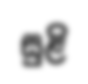
සුළි